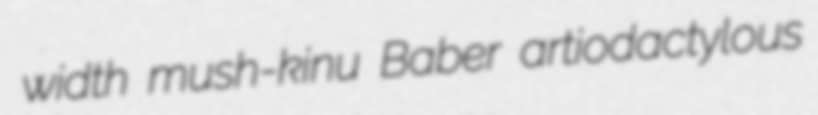
width mush-kinu Baber artiodactylous